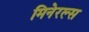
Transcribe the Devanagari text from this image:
मिनेरल्स